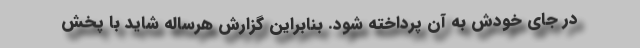
در جای خودش به آن پرداخته شود. بنابراین گزارش هرساله شاید با پخش